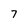
Character: 7